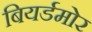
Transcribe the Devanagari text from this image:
बियर्डमोर